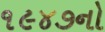
૧૯૪૭નો